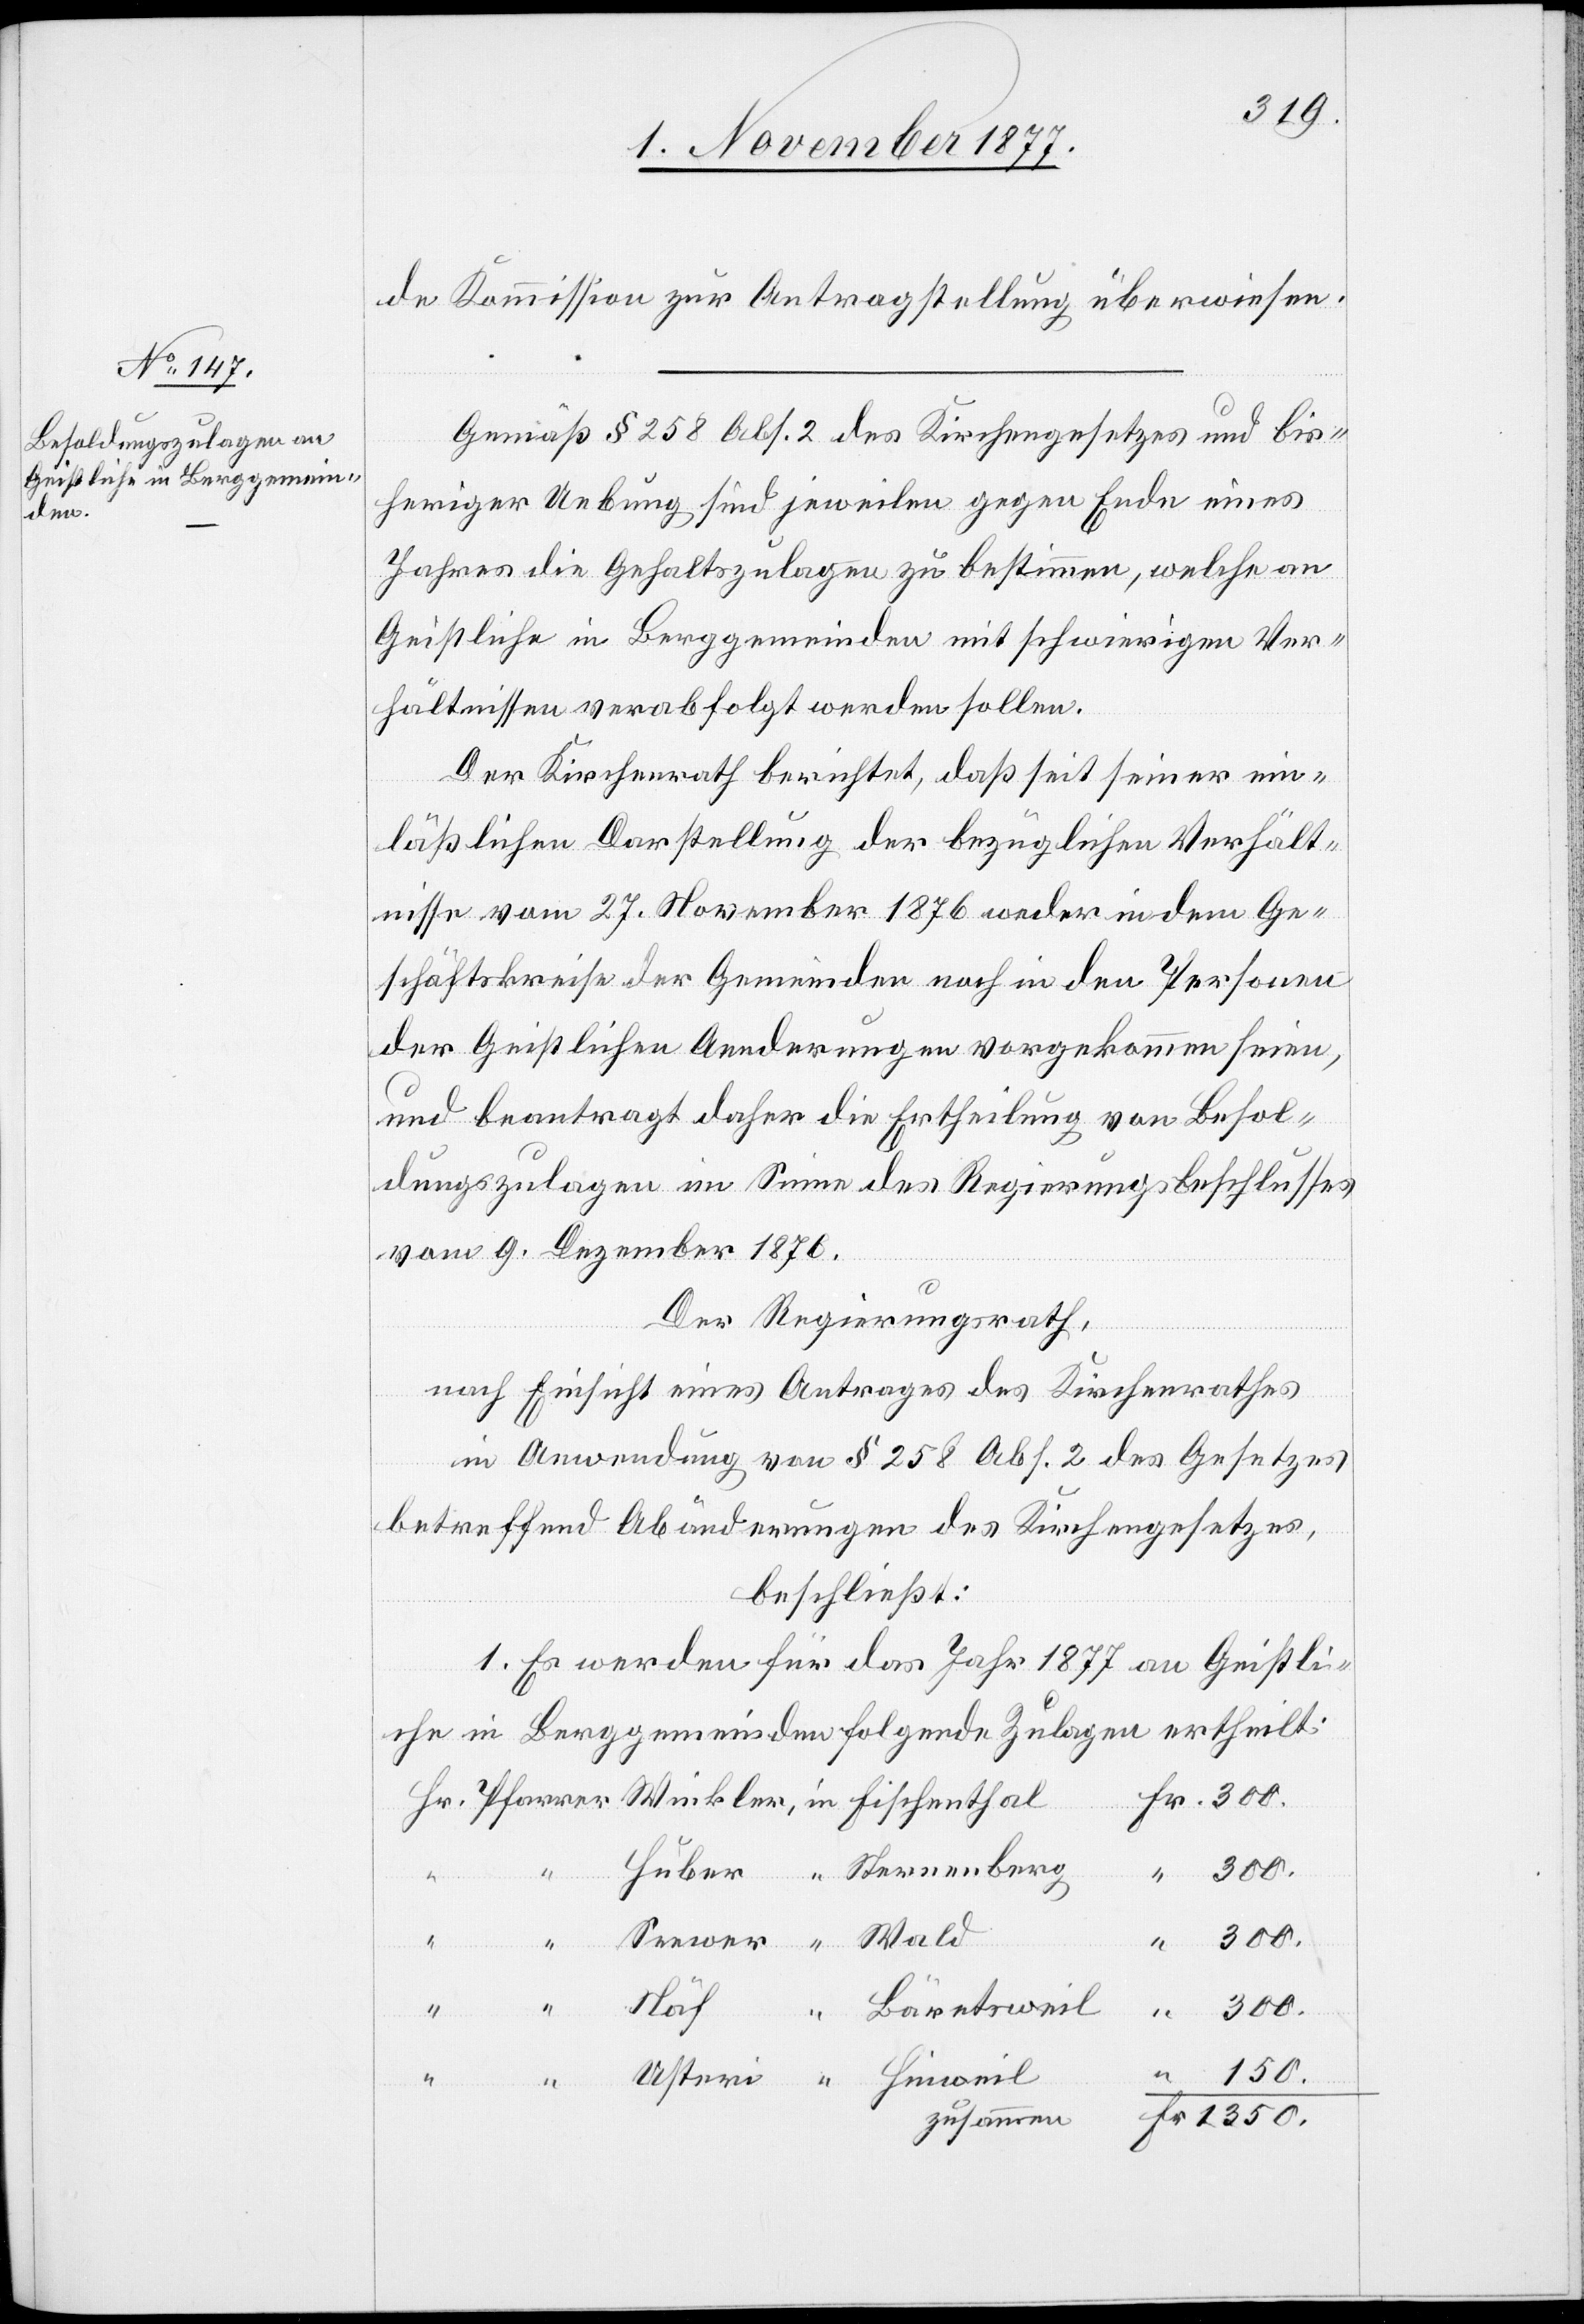
de Kommission zur Antragstellung überwiesen.
Gemäß § 258 Abs. 2 des Kirchengesetzes und bis¬
heriger Uebung sind jeweilen gegen Ende eines
Jahres die Gehaltszulagen zu bestimmen, welche an
Geistliche in Berggemeinden mit schwierigen Ver¬
hältnissen verabfolgt werden sollen.
Der Kirchenrath berichtet, daß seit seiner ein¬
läßlichen Darstellung der bezüglichen Verhält¬
nisse vom 27. November 1876 weder in dem Ge¬
schäftskreise der Gemeinden noch in den Personen
der Geistlichen Aenderungen vorgekommen seien,
und beantragt daher die Ertheilung von Besol¬
dungszulagen im Sinne des Regierungsbeschlusses
vom 9. Dezember 1876.
Der Regierungsrath,
rer
nach Einsicht eines Antrages des Kirchenrathes
in Anwendung von § 258 Abs. 2 des Gesetzes
betreffend Abänderungen des Kirchengesetzes,
beschließt:
1. Es werden für das Jahr 1877 an Geistli¬
che in Berggemeinden folgende Zulagen ertheilt:
Fr. 300.
Huber
Näf
Bäretsweil
300.
Hinweil
“
150.
Sternenberg
Fr. 1350.
zusammen